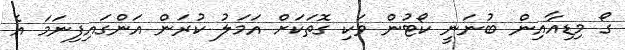
ގޯ މިޑިއާއިން ބުނަނީ ކޯޓުން ވަކި ގޮތަކަށް އަމަލު ކުރަން އަންގައިފިނަމަ އެ